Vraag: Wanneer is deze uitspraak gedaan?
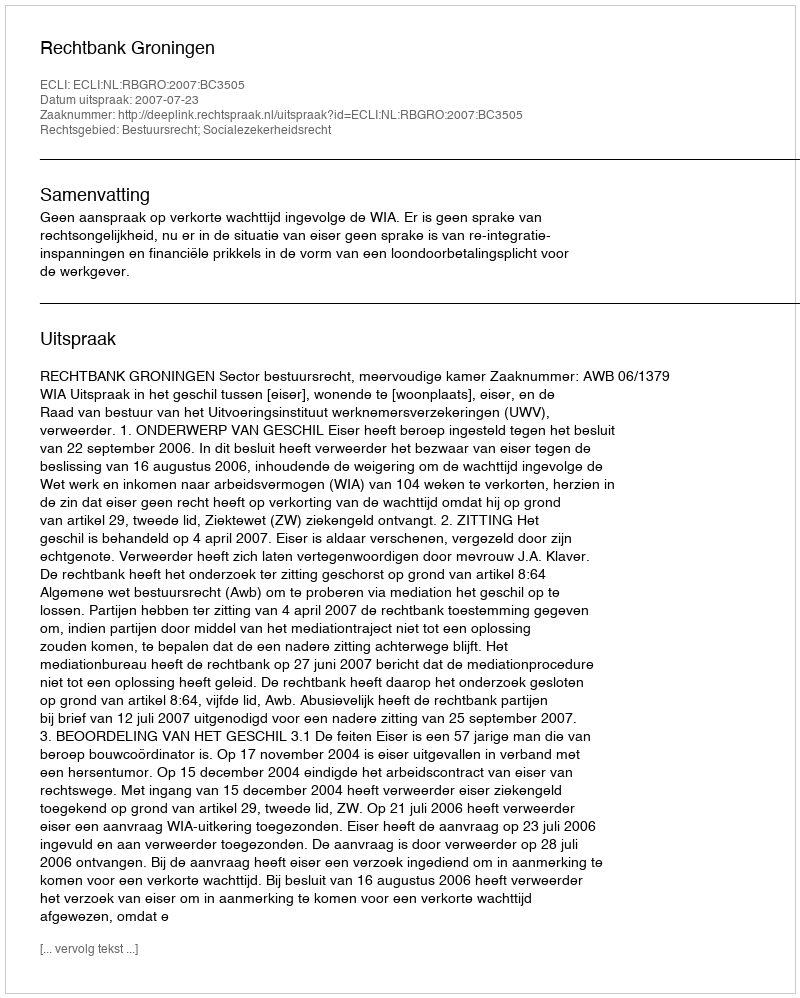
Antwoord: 2007-07-23